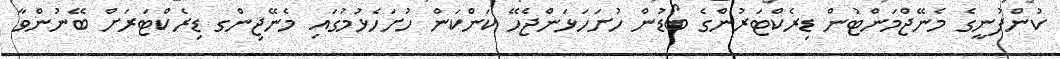
ކުންފުނީގެ މެނޭޖްމަންޓުން ޑިރެކްޓަރުންގެ ބޯޑުން ހުށަހަޅަންޖެހޭ ކަންކަން ހުށަހެޅުމުގައި މެނޭޖިންގ ޑިރެކްޓަރަށް ބޭނުންވާ